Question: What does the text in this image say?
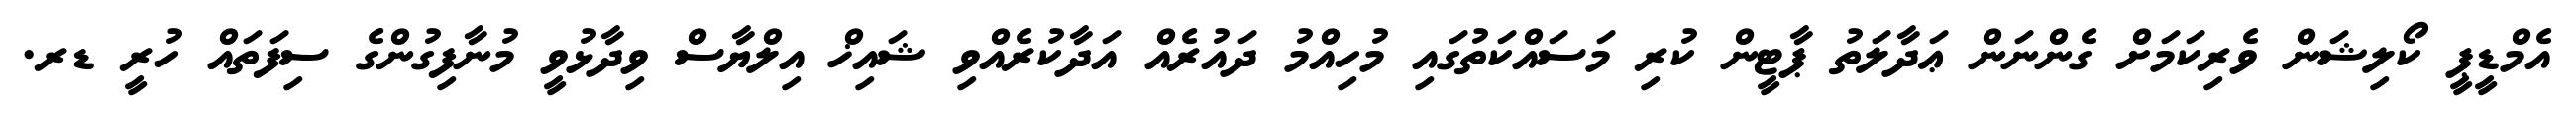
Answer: އެމްޑީޕީ ކޯލިޝަން ވެރިކަމަށް ގެންނަން ޢަދާލަތު ޕާޓީން ކުރި މަސައްކަތުގައި މުހިއްމު ދައުރެއް އަދާކުރެއްވި ޝައިޚް އިލްޔާސް ވިދާޅުވީ މުނާފިގުންގެ ސިފަތައް ހުރީ ޑރ.